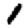
Digit: 1